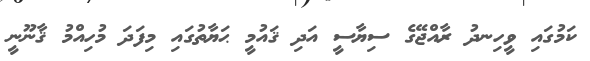
ކަމުގައި ވީހިނދު ރާއްޖޭގެ ސިޔާސީ އަދި ޤައުމީ ޙަޔާތުގައި މިފަދަ މުހިއްމު ޤާނޫނީ